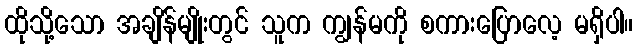
ထိုသို့သော အချိန်မျိုးတွင် သူက ကျွန်မကို စကားပြောလေ့ မရှိပါ။